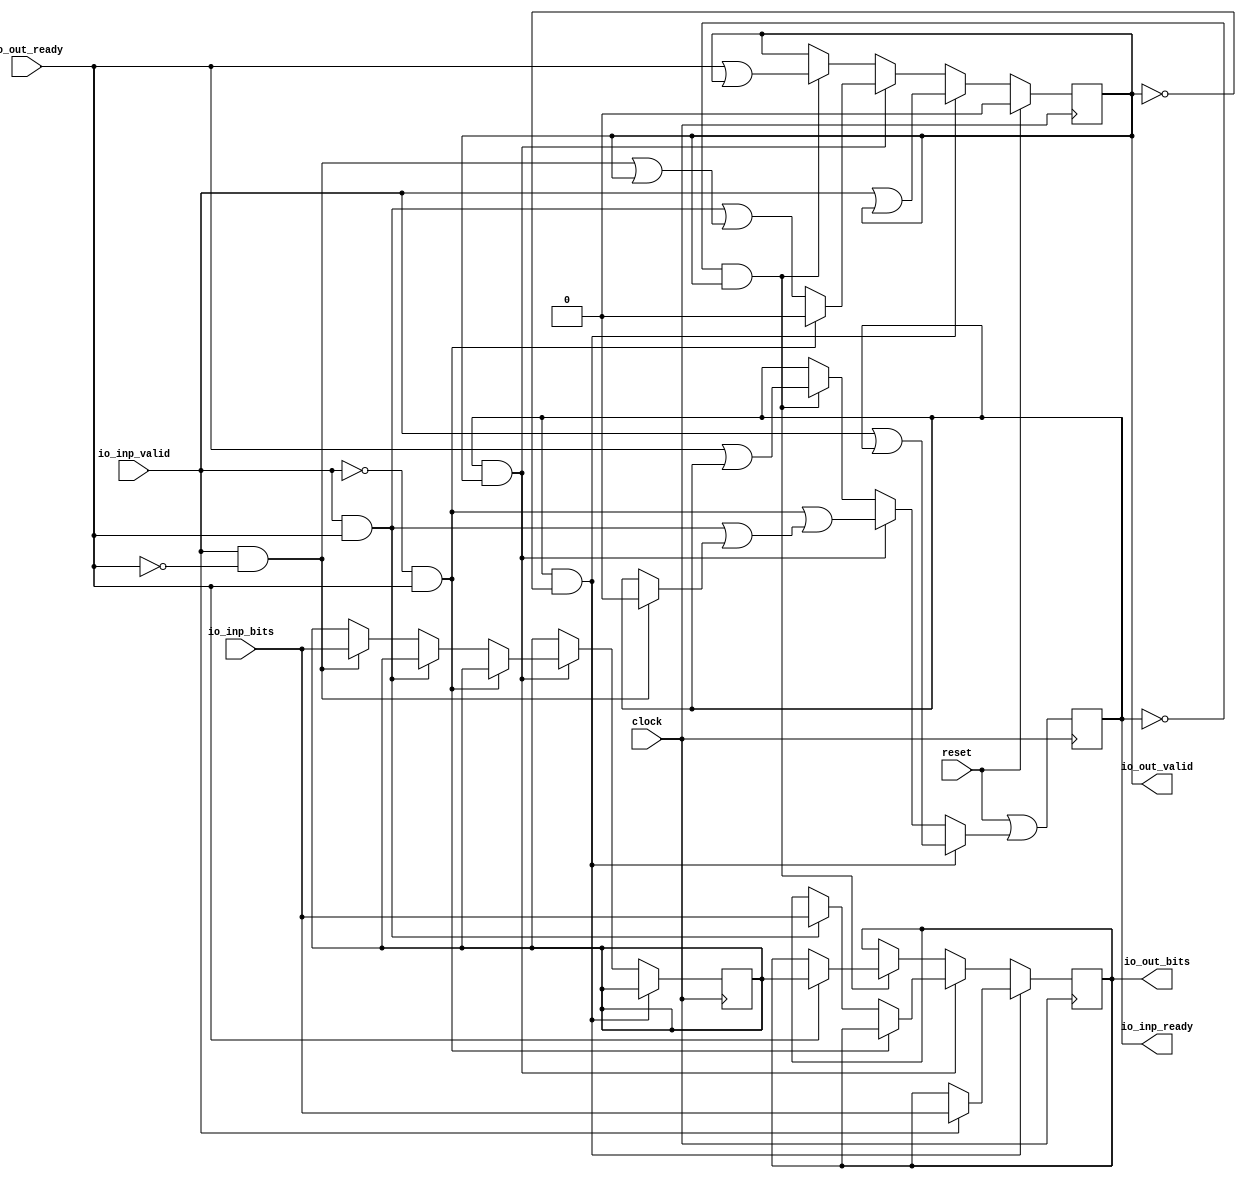
module MooreStage(
  input         clock,
  input         reset,
  output        io_inp_ready,
  input         io_inp_valid,
  input  [15:0] io_inp_bits,
  input         io_out_ready,
  output        io_out_valid,
  output [15:0] io_out_bits
);
`ifdef RANDOMIZE_REG_INIT
  reg [31:0] _RAND_0;
  reg [31:0] _RAND_1;
  reg [31:0] _RAND_2;
  reg [31:0] _RAND_3;
`endif // RANDOMIZE_REG_INIT
  reg [15:0] data_aux; // @[DecoupledStage.scala 44:21]
  reg [15:0] out_bits; // @[DecoupledStage.scala 45:21]
  reg  out_valid; // @[DecoupledStage.scala 47:26]
  reg  inp_ready; // @[DecoupledStage.scala 48:26]
  wire  _GEN_0 = io_inp_valid | inp_ready; // @[DecoupledStage.scala 55:26 56:17 48:26]
  wire  _GEN_1 = io_inp_valid | out_valid; // @[DecoupledStage.scala 47:26 55:26 56:38]
  wire  _GEN_3 = io_inp_valid & ~io_out_ready ? 1'h0 : inp_ready; // @[DecoupledStage.scala 65:51 66:17 48:26]
  wire  _GEN_4 = io_inp_valid & ~io_out_ready | out_valid; // @[DecoupledStage.scala 47:26 65:51 66:39]
  wire [15:0] _GEN_5 = io_inp_valid & ~io_out_ready ? io_inp_bits : data_aux; // @[DecoupledStage.scala 65:51 67:16 44:21]
  wire  _GEN_6 = io_inp_valid & io_out_ready | _GEN_3; // @[DecoupledStage.scala 62:50 63:17]
  wire  _GEN_7 = io_inp_valid & io_out_ready | _GEN_4; // @[DecoupledStage.scala 62:50 63:38]
  wire  _GEN_10 = ~io_inp_valid & io_out_ready | _GEN_6; // @[DecoupledStage.scala 60:50 61:17]
  wire  _GEN_14 = io_out_ready | inp_ready; // @[DecoupledStage.scala 70:26 71:17 48:26]
  wire  _GEN_15 = io_out_ready | out_valid; // @[DecoupledStage.scala 47:26 70:26 71:38]
  wire  _GEN_17 = ~inp_ready & out_valid ? _GEN_14 : inp_ready; // @[DecoupledStage.scala 48:26 69:42]
  wire  _GEN_20 = inp_ready & out_valid ? _GEN_10 : _GEN_17; // @[DecoupledStage.scala 59:43]
  wire  _GEN_24 = inp_ready & ~out_valid ? _GEN_0 : _GEN_20; // @[DecoupledStage.scala 54:43]
  assign io_inp_ready = inp_ready; // @[DecoupledStage.scala 50:16]
  assign io_out_valid = out_valid; // @[DecoupledStage.scala 51:16]
  assign io_out_bits = out_bits; // @[DecoupledStage.scala 52:16]
  always @(posedge clock) begin
    if (!(inp_ready & ~out_valid)) begin // @[DecoupledStage.scala 54:43]
      if (inp_ready & out_valid) begin // @[DecoupledStage.scala 59:43]
        if (!(~io_inp_valid & io_out_ready)) begin // @[DecoupledStage.scala 60:50]
          if (!(io_inp_valid & io_out_ready)) begin // @[DecoupledStage.scala 62:50]
            data_aux <= _GEN_5;
          end
        end
      end
    end
    if (inp_ready & ~out_valid) begin // @[DecoupledStage.scala 54:43]
      if (io_inp_valid) begin // @[DecoupledStage.scala 55:26]
        out_bits <= io_inp_bits; // @[DecoupledStage.scala 57:16]
      end
    end else if (inp_ready & out_valid) begin // @[DecoupledStage.scala 59:43]
      if (!(~io_inp_valid & io_out_ready)) begin // @[DecoupledStage.scala 60:50]
        if (io_inp_valid & io_out_ready) begin // @[DecoupledStage.scala 62:50]
          out_bits <= io_inp_bits; // @[DecoupledStage.scala 64:20]
        end
      end
    end else if (~inp_ready & out_valid) begin // @[DecoupledStage.scala 69:42]
      if (io_out_ready) begin // @[DecoupledStage.scala 70:26]
        out_bits <= data_aux; // @[DecoupledStage.scala 72:20]
      end
    end
    if (reset) begin // @[DecoupledStage.scala 47:26]
      out_valid <= 1'h0; // @[DecoupledStage.scala 47:26]
    end else if (inp_ready & ~out_valid) begin // @[DecoupledStage.scala 54:43]
      out_valid <= _GEN_1;
    end else if (inp_ready & out_valid) begin // @[DecoupledStage.scala 59:43]
      if (~io_inp_valid & io_out_ready) begin // @[DecoupledStage.scala 60:50]
        out_valid <= 1'h0; // @[DecoupledStage.scala 61:38]
      end else begin
        out_valid <= _GEN_7;
      end
    end else if (~inp_ready & out_valid) begin // @[DecoupledStage.scala 69:42]
      out_valid <= _GEN_15;
    end
    inp_ready <= reset | _GEN_24; // @[DecoupledStage.scala 48:{26,26}]
  end
// Register and memory initialization
`ifdef RANDOMIZE_GARBAGE_ASSIGN
`define RANDOMIZE
`endif
`ifdef RANDOMIZE_INVALID_ASSIGN
`define RANDOMIZE
`endif
`ifdef RANDOMIZE_REG_INIT
`define RANDOMIZE
`endif
`ifdef RANDOMIZE_MEM_INIT
`define RANDOMIZE
`endif
`ifndef RANDOM
`define RANDOM $random
`endif
`ifdef RANDOMIZE_MEM_INIT
  integer initvar;
`endif
`ifndef SYNTHESIS
`ifdef FIRRTL_BEFORE_INITIAL
`FIRRTL_BEFORE_INITIAL
`endif
initial begin
  `ifdef RANDOMIZE
    `ifdef INIT_RANDOM
      `INIT_RANDOM
    `endif
    `ifndef VERILATOR
      `ifdef RANDOMIZE_DELAY
        #`RANDOMIZE_DELAY begin end
      `else
        #0.002 begin end
      `endif
    `endif
`ifdef RANDOMIZE_REG_INIT
  _RAND_0 = {1{`RANDOM}};
  data_aux = _RAND_0[15:0];
  _RAND_1 = {1{`RANDOM}};
  out_bits = _RAND_1[15:0];
  _RAND_2 = {1{`RANDOM}};
  out_valid = _RAND_2[0:0];
  _RAND_3 = {1{`RANDOM}};
  inp_ready = _RAND_3[0:0];
`endif // RANDOMIZE_REG_INIT
  `endif // RANDOMIZE
end // initial
`ifdef FIRRTL_AFTER_INITIAL
`FIRRTL_AFTER_INITIAL
`endif
`endif // SYNTHESIS
endmodule